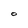
Character: O